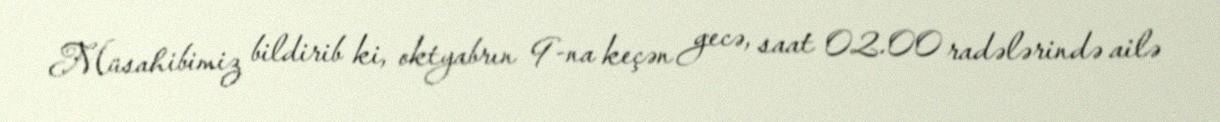
Müsahibimiz bildirib ki, oktyabrın 9-na keçən gecə, saat 02.00 radələrində ailə